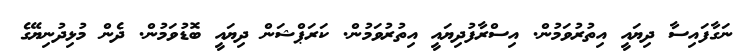
ނަގާފައިސާ ދިޔައީ އިތުރުވަމުން. އިސްރާފުދިޔައީ އިތުރުވަމުން. ކަރަޕްޝަން ދިޔައީ ބޮޑުވަމުން. ދެން މުޅިދުނިޔޭގެ